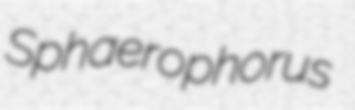
Sphaerophorus